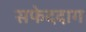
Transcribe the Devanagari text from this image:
सफेददाग